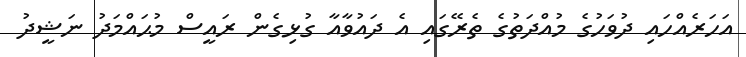
އަހަރެއްހައި ދުވަހުގެ މުއްދަތުގެ ތެރޭގައި އެ ދައުވާއާ ގުޅިގެން ރައީސް މުޙައްމަދު ނަޝީދު